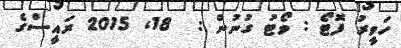
ހަވީރު ފޮޓޯ : ވޯޓު ގުނުން :  18